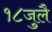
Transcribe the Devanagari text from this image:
१८जुलै